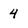
Character: 4